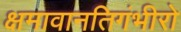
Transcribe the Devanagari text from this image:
क्षमावानतिगंभीरो